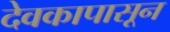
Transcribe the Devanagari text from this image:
देवकापासून